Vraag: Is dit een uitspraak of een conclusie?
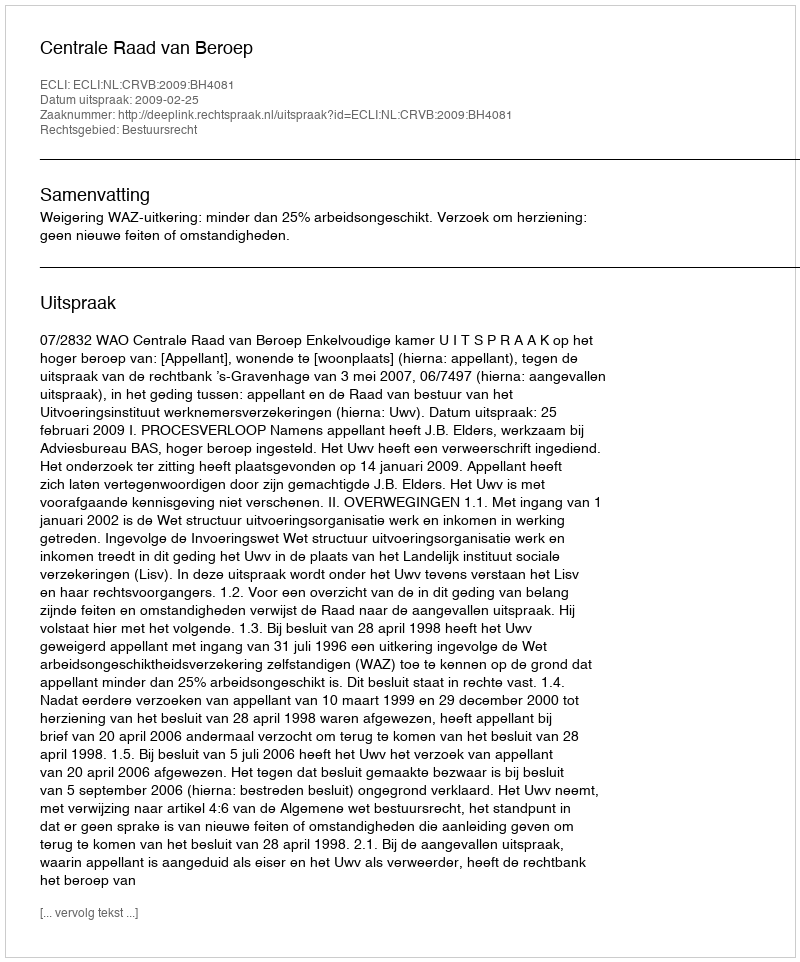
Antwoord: Uitspraak